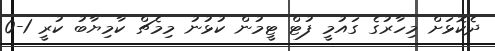
ދެކޮޅަށް މިހާރުގެ ގައުމީ ފުޓް ޓީމުން ކުޅުނު މިމެޗް ކާމިޔާބު ކުރީ 1-0